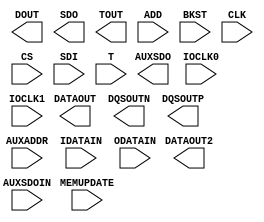
// $Header: /devl/xcs/repo/env/Databases/CAEInterfaces/xec_libs/data/unisims/IODRP2_MCB.v,v 1.3 2009/08/22 00:32:34 harikr Exp $
///////////////////////////////////////////////////////////////////////////////
// Copyright (c) 1995/2009 Xilinx, Inc.
// All Right Reserved.
///////////////////////////////////////////////////////////////////////////////
//   ____  ____
//  /   /\/   /
// /___/  \  /    Vendor : Xilinx
// \   \   \/     Version : 11.1i (L.11)
//  \   \         Description : Xilinx Formal Library Component
//  /   /
// /___/   /\     Filename : IODRP2_MCB.v
// \   \  /  \    Timestamp :
//  \___\/\___\
//
// Revision:
//    04/28/09 - Initial version.
// End Revision

`timescale 1 ps / 1 ps 

module IODRP2_MCB (
  AUXSDO,
  DATAOUT,
  DATAOUT2,
  DOUT,
  DQSOUTN,
  DQSOUTP,
  SDO,
  TOUT,
  ADD,
  AUXADDR,
  AUXSDOIN,
  BKST,
  CLK,
  CS,
  IDATAIN,
  IOCLK0,
  IOCLK1,
  MEMUPDATE,
  ODATAIN,
  SDI,
  T
);

  parameter DATA_RATE = "SDR";       // "SDR", "DDR"
  parameter integer IDELAY_VALUE = 0;   // 0 to 255 inclusive
  parameter integer MCB_ADDRESS = 0; // 0 to 15
  parameter integer ODELAY_VALUE = 0;   // 0 to 255 inclusive
  parameter SERDES_MODE = "NONE";       // "NONE", "MASTER", "SLAVE"
  parameter integer SIM_TAPDELAY_VALUE = 75; // 10 to 90 inclusive

  output AUXSDO;
  output DATAOUT2;
  output DATAOUT;
  output DOUT;
  output DQSOUTN;
  output DQSOUTP;
  output SDO;
  output TOUT;

  input ADD;
  input AUXSDOIN;
  input BKST;
  input CLK;
  input CS;
  input IDATAIN;
  input IOCLK0;
  input IOCLK1;
  input MEMUPDATE;
  input ODATAIN;
  input SDI;
  input T;
  input [4:0] AUXADDR;

 endmodule // IODRP2_MCB